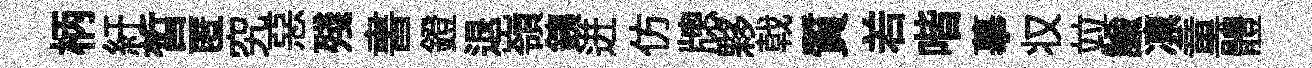
柄紆晳匿究惡殘書鐙退嶺銕迸仿牕夥戟質𠰥喈摹𠬧竝諭凛童體